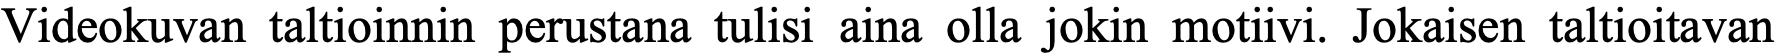
Videokuvan taltioinnin perustana tulisi aina olla jokin motiivi. Jokaisen taltioitavan